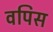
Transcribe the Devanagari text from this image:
वपिस